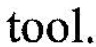
tool.